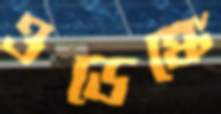
ওডেঙ্কে